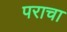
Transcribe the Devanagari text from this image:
पराचा